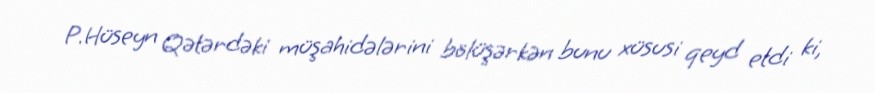
P.Hüseyn Qətərdəki müşahidələrini bölüşərkən bunu xüsusi qeyd etdi ki,